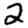
Digit: 2